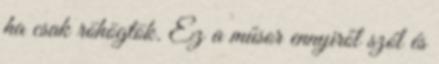
ha csak röhögtök. Ez a műsor ennyiről szól és